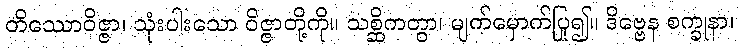
တိဿောဝိဇ္ဇာ၊ သုံးပါးသော ဝိဇ္ဇာတို့ကို။ သစ္ဆိကတွာ၊ မျက်မှောက်ပြု၍။ ဒိဗ္ဗေန စက္ခုနာ၊